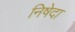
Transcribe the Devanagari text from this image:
निषेदा